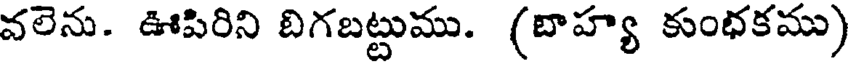
వలెను. ఊపిరిని బిగబట్టుము. (బాహ్య కుంభకము)